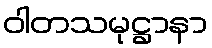
ဝါတသမုဋ္ဌာနာ